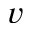
v